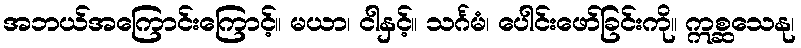
အဘယ်အကြောင်းကြောင့်။ မယာ၊ ငါနှင့်။ သင်္ဂမံ၊ ပေါင်းဖော်ခြင်းကို။ ဣစ္ဆသေနု၊